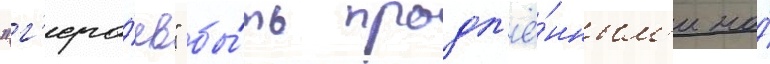
"г'еро́ев" бы́ть продл'ё́нным'и на́